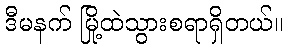
ဒီမနက် မြို့ထဲသွားစရာရှိတယ်။